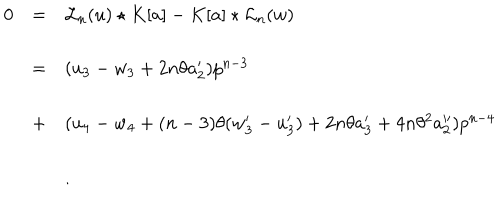
\begin{array} { l c l } { { 0 } } & { { = } } & { { { { \mathcal L } _ { n } } ( u ) \star K [ a ] - K [ a ] \star { { \mathcal L } _ { n } } ( w ) } } \\ { { } } & { { = } } & { { ( u _ { 3 } - w _ { 3 } + 2 n \theta a _ { 2 } ^ { \prime } ) p ^ { n - 3 } } } \\ { { } } & { { + } } & { { ( u _ { 4 } - w _ { 4 } + ( n - 3 ) \theta ( w _ { 3 } ^ { \prime } - u _ { 3 } ^ { \prime } ) + 2 n \theta a _ { 3 } ^ { \prime } + 4 n \theta ^ { 2 } a _ { 2 } ^ { \prime \prime } ) p ^ { n - 4 } } } \\ { { } } & { { } } & { { \vdots } } \\ \end{array}